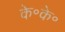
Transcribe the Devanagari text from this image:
के॰के॰